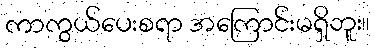
ကာကွယ်ပေးစရာ အကြောင်းမရှိဘူး။